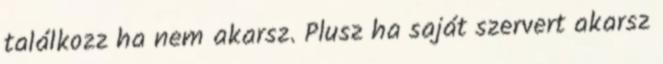
találkozz ha nem akarsz. Plusz ha saját szervert akarsz